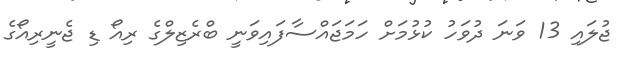
ޖުލައި 13 ވަނަ ދުވަހު ކުޅުމަށް ހަމަޖައްސާފައިވަނީ ބްރެޒިލްގެ ރިއޯ ޑި ޖެނީރިއޯގެ